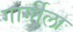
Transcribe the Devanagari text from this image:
गार्गीला